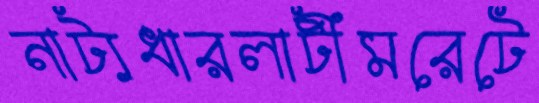
নাট্যধারলাটীমরেটে